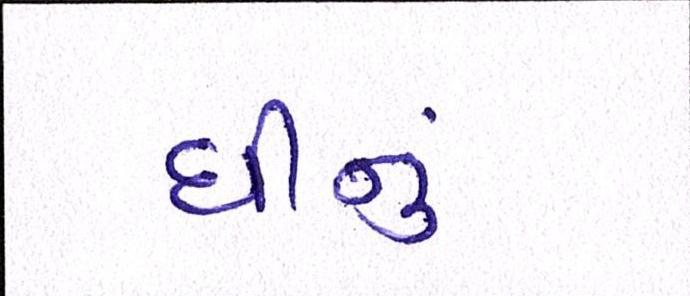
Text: ઘીનું